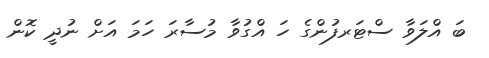
ބަ އްލަވާ ސްޓަރފުންގެ ހަ އްގުވާ މުސާރަ ހަމަ އަށް ނުދީ ކޮން